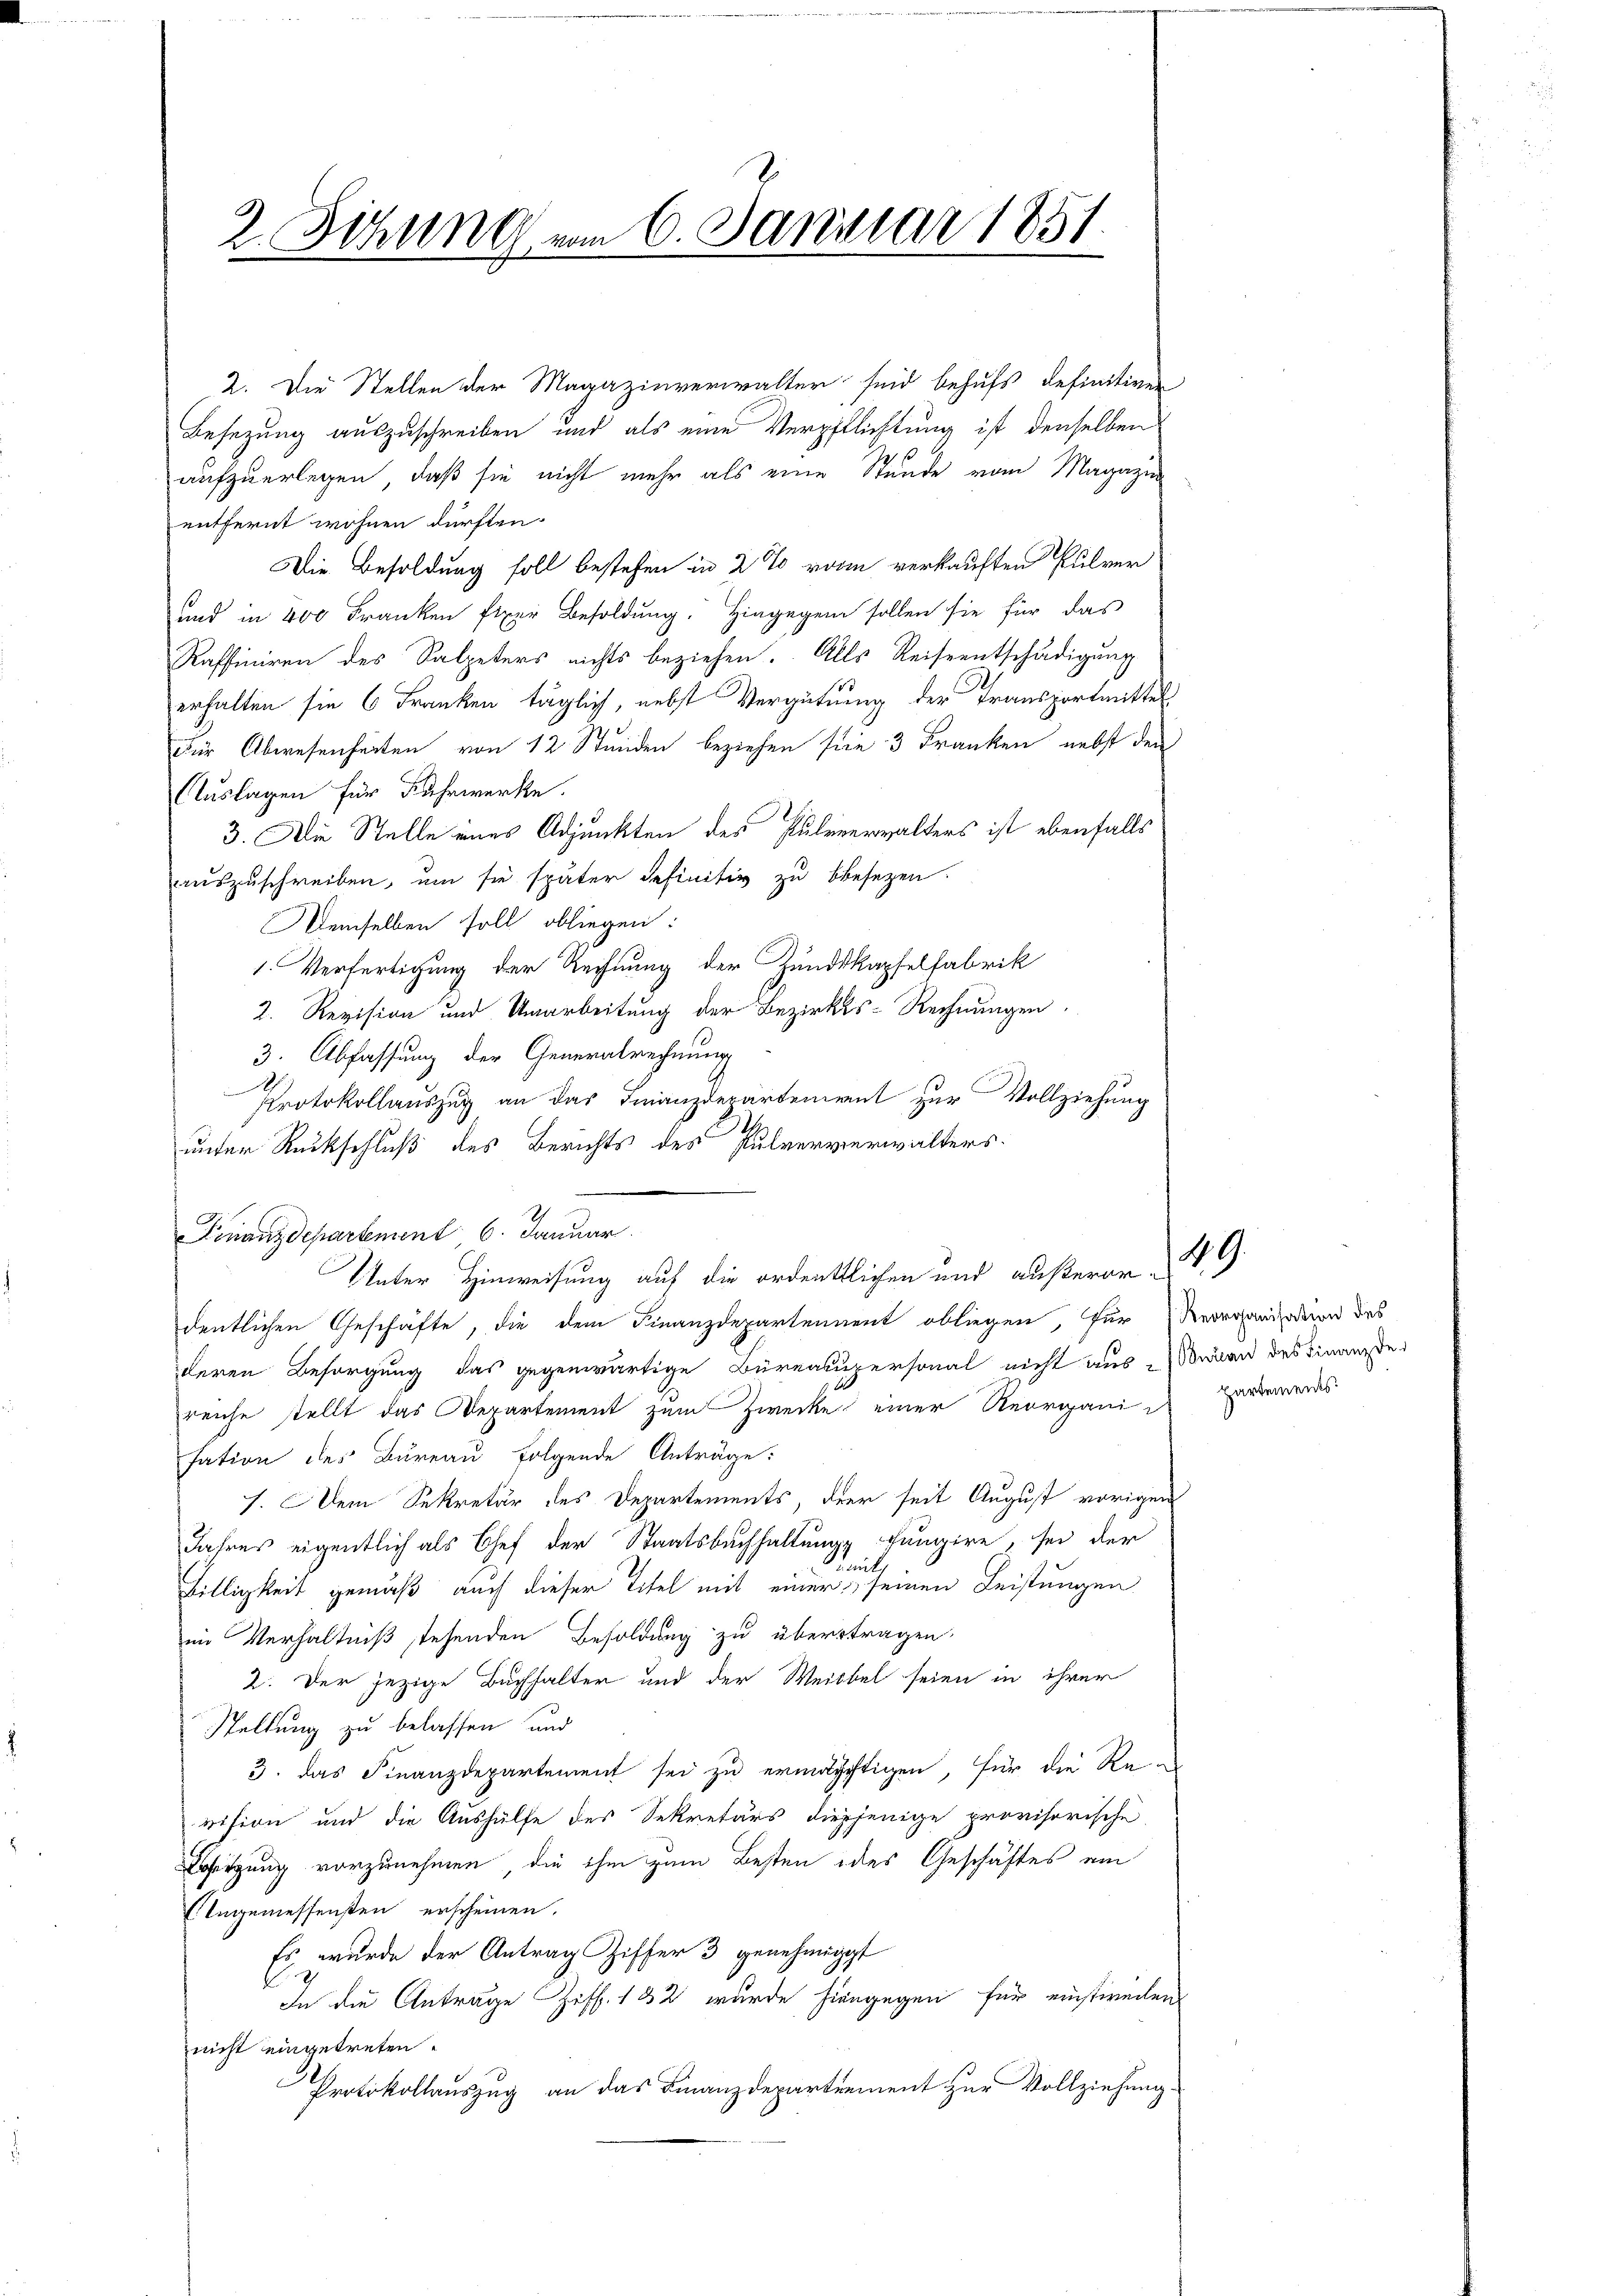
2. Sitzung vom 6. Januar 1851.

2. Die Stellen der Magazinverwalter seid behufs definitiven
Besetzung auszuschreiben und als eine Verpflichtung ist denselben
aufzuerlegen, daß sie nicht mehr als eine Stunde vom Magazin
entfernt wohnen dürften.
Die Besoldung soll bestehen in 2 % vom verkauften Pulver
und in 400 Franken fixer Besoldung. Hingegen sollen sie für das
Raffiniren des Salpeters nichts beziehen. Alls Reiseentschädigung
erhalten sie 6 Franken täglich, nebst Vergütung der Transportmittel
Für Abwesenheiten von 12 Stunden beziehen sie 3 Franken nebst den
Auslagen für Fahrwerke.
3. Die Stelle eines Adjunkten des Pulenerwalters ist ebenfalls
auszuschreiben, um sie später definitiv zu besezen.
Demselben soll obliegen:
1. Verfertigung der Rechnung der Zundkapfelfabrik
2. Revision und Umarbeitung der Bezirks-Rechnungen
3. Abfassung der Generalrechnung
Protokollauszug an das Finanzdepartement zur Vollziehung
unter Rückschluß des Berichts des Pulververwalters.
Ich
Unter Hinweisung auf die ordentlichen und außerordentlichen Geschäfte, die dem Finanzdepartennent obliegen, für erganisation des
deren Besorgung das gegenwärtige Büreacupersonal nicht aus Wien des Finanzdereiche stellt das Departement zum Zwecke einer Reorganisation des Bureau folgende Anträge:
7. Dem Sekretär des Departements, der seit August vorigen
Jahres eigentlich als Chef der Staatsbuchhaltungs fungire, sei der
mit
Billigkeit gemäß auch dieser Titel mit einer seinen Leistungen
im Verhältniß stehenden Besoldung zu übertragen,
2. Der jezige Buchhalter und der Weibel seien in ihrer
Stellung zu belassen und
3. das Finanzdepartement sei zu ermächtigen, für die Re-
vision und die Aushülfe des Sekretärs diesjenige provisorische
Latzung vorzunehmen, die ihm zum Besten des Geschäftes ein
Ungemessensten erscheinen.
Es wurde der Antrag Ziffer 3 genehmigt
In die Antrage Ziff. 182 wurde hiengegen für einstirenten
nicht eingetreten.
Protokollauszug an das Finanzdepartement zur Vollziehung.

Finanzdepartement 6. Januar

49.

partements